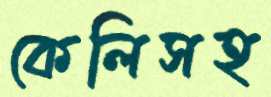
কেলিসহ